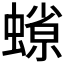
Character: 𧐑